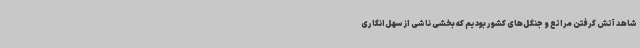
شاهد آتش گرفتن مراتع و جنگل‌های کشور بودیم که بخشی ناشی از سهل‌انگاری